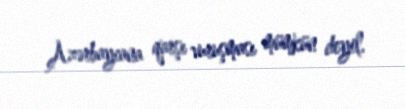
Azərbaycana qarşı vuruşması mümkün deyil.